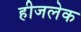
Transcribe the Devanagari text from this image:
हीजलेक